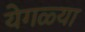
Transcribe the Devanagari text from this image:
येगळ्या